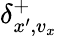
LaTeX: \delta_{x^{\prime},v_{x}}^{+}